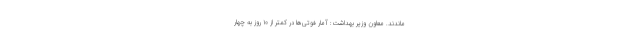
ماندند. معاون وزیر بهداشت: آمار فوتی‌ها در کمتر از ۱۰ روز به چهار